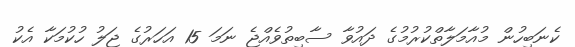
ކެނަބިހުން މުއާމަލާތްކުރުމުގެ ދައުވާ ސާބިތުވެއްޖެ ނަމަ 15 އަހަރުގެ ޖަލު ހުކުމަކާ އެކު